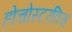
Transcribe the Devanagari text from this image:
होचोस्टरविच